Medical and sanitary report of the native army of Bengal for the year
Year: 1876
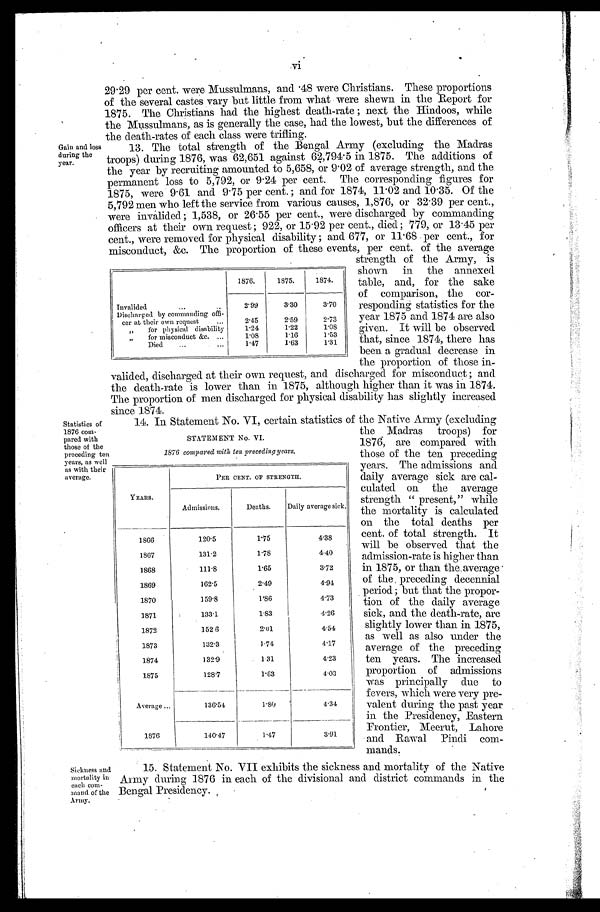
Gain and loss
during the
year.
vi
29.29 per cent. were Mussulmans, and .48 were Christians. These proportions
of the several castes vary but little from what were shewn in the Report for
1875. The Christians had the highest death-rate; next the Hindoos, while
the Mussulmans, as is generally the case, had the lowest, but the differences of
the death-rates of each class were trifling.
13. The total strength of the Bengal Army (excluding the Madras
troops) during 1876, was 62,651 against 64,794.5 in 1875. The additions of
the year by recruiting amounted to 5,658, or 9.02 of average strength, and the
permanent loss to 5,792, or 9.24 per cent. The corresponding figures for
1875, were 9.61 and 9.75 per cent.; and for 1874. 11.02 and 10.35. Of the
5,792 men who left the service from various causes, 1,876, or 32.39 per cent.,
were invalided; 1,538, or 26.55 per cent., were discharged by commanding
officers at their own request; 922, or 15.92 per cent., died; 779, or 13.45 per
cent., were removed for physical disability; and 677, or 11.68 per cent., for
misconduct, &c. The proportion of these events, per cent. of the average
strength of the Army, is
shown in the annexed
table, and, for the sake
of comparison, the cor-
responding statistics for the
year 1875 and 1874 are also
given. It will be observed
that, since 1874, there has
been a gradual decrease in
the proportion of those in-
valided, discharged at their own request, and discharged for misconduct ; and
the death-rate is lower than in 1875, although higher than it was in 1874.
The proportion of men discharged for physical disability has slightly increased
since 1874,
1876.
1875.
1874.
Invalided
2.99
3.30
3. 70
Discharged by commanding offi-
cer at- their own request
2.45
2. 59
2. 73
„ for physical disability
1.24
1.22
1. 08
„ f o r m i s c o n d u c t & c . 1. 08
1.16
1.53
Died
1.47
1.63
1. 31
Statistics of
1876 com-
pared with
those of the
preceding ten
years, as well
as with their
average.
14. In Statement No. VI, certain statistics of the Native Army (excluding
the Madras troops) for
1876, are compared with
those of the ten preceding
years. The admissions and
daily average sick are cal
- culated on the average
strength "present," while
the mortality is calculated
on the total deaths per
cent. of total strength. It
will be observed that the
admission-rate is higher than
in 1875, or than the average
of the preceding decennial
period; but that the propor
-tion of the daily average
sick, and the death-rate, are
slightly lower than in 1875,
as well as also under the
average of the preceding
ten years. The increased
proportion of admissions
was principally due to
fevers, which were very pre
-valent during the past year
in the Presidency, Eastern
Frontier, Meerut, Lahore
and Rawal Pindi com
-mands.
Sickness and
mortality in
each com
-mand of the
Army.
STATEMENT No. VI.
1870 compared wi t h t en precedi ng years.
YEARS.
PER CENT. OF STRENGTH.
Admissions.
Deaths. Daily average sick.
1866
1 2 0 . 5
1.75
4 . 3 8
1867
131.2
1.78
4 . 4 0
1868
111.8
1 . 6 5
3 . 7 2
1869
162.5
2.49
4 . 9 4
1870
159.8
1.86
4 . 7 3
1871
133.1
1 . 8 3
4 . 2 6
1872
152. 6
2.01
4 . 5 4
1873
132.3
1.74
4 . 1 7
1874
132.9
1.31
4 . 2 3
1875
128. 7
1.63
4.03
Average
136. 54
1.80
4.34
1876
140. 47
1.47
3.91
15. Statement No. VII exhibits the sickness and mortality of the Native
Army during 1876 in each of the divisional and district commands in the
Bengal Presidency.